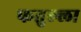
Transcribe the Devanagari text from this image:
फतुल्ला